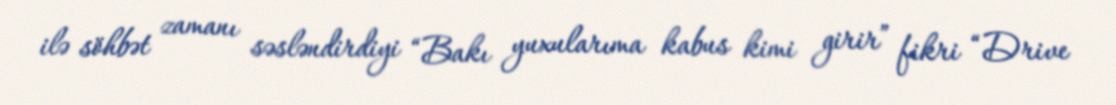
ilə söhbət zamanı səsləndirdiyi “Bakı yuxularıma kabus kimi girir” fikri “Drive